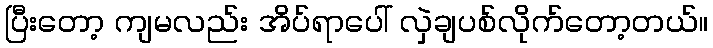
ပြီးတော့ ကျမလည်း အိပ်ရာပေါ် လှဲချပစ်လိုက်တော့တယ်။